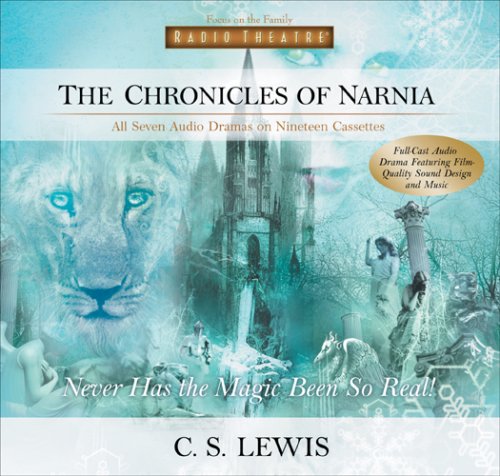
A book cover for The Chronicles of Narnia Complete Set (Radio Theatre); Humor & Entertainment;